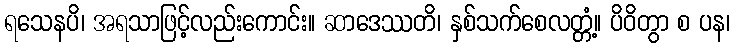
ရသေနပိ၊ အရသာဖြင့်လည်းကောင်း။ ဆာဒေဿတိ၊ နှစ်သက်စေလတ္တံ့။ ပိဝိတွာ စ ပန၊